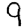
Digit: 9